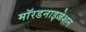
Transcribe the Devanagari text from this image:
मॉरडनाइजेशन